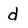
Character: d